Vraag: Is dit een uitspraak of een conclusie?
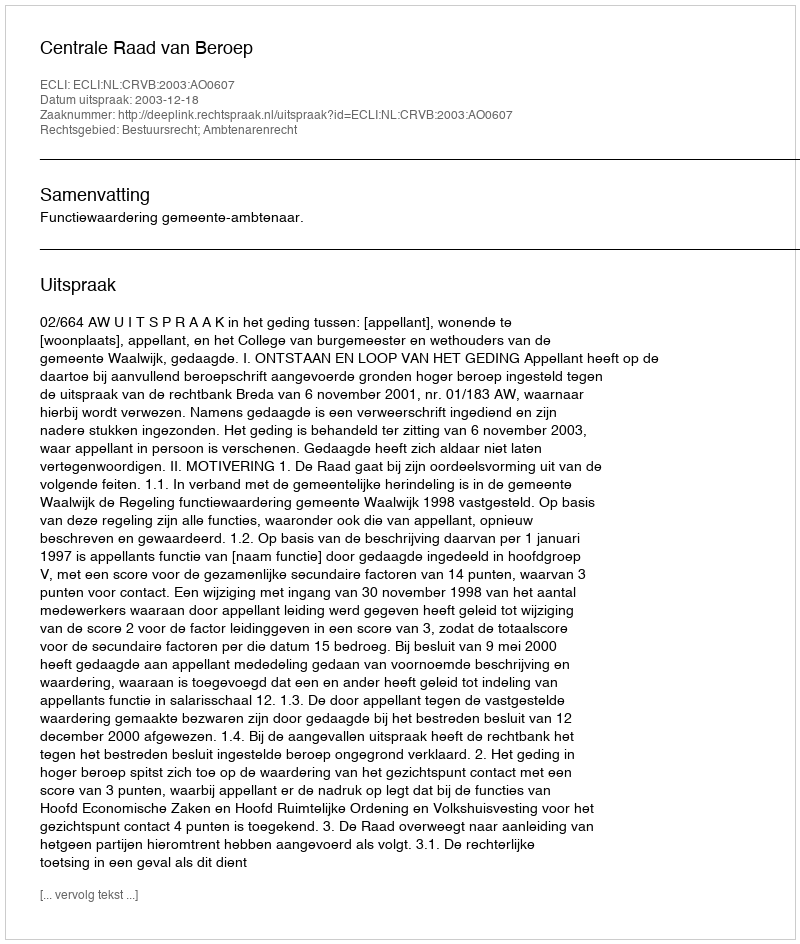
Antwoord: Uitspraak